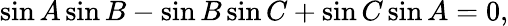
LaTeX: \sin A\sin B-\sin B\sin C+\sin C\sin A=0,